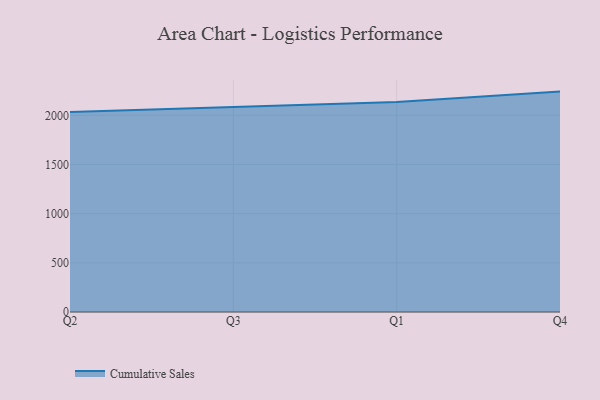
{"axis": {"x": "Quarter", "y": "Temperature (°C)"}, "legend": ["Cumulative Sales"], "data": [{"x": "Q2", "y": 2034.4, "type": "Cumulative Sales"}, {"x": "Q3", "y": 2083.8, "type": "Cumulative Sales"}, {"x": "Q1", "y": 2135.2, "type": "Cumulative Sales"}, {"x": "Q4", "y": 2241.4, "type": "Cumulative Sales"}]}